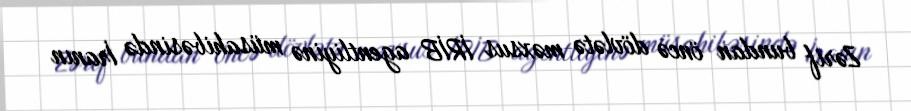
Zərif bundan öncə dövlətə məxsus İRİB agentliyinə müsahibəsində İranın